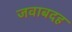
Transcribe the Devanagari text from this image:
जवाबदह